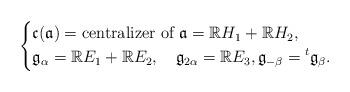
LaTeX: \begin{align*}\left\{\begin{aligned}&\frak{c}(\frak{a})=\textrm{centralizer of }\frak{a}=\mathbb{R}H_1+\mathbb{R}H_2,\\&\frak{g}_\alpha=\mathbb{R}E_1+\mathbb{R}E_2,\quad\frak{g}_{2\alpha}=\mathbb{R}E_3,\frak{g}_{-\beta}={}^t\frak{g}_\beta.\end{aligned}\right.\end{align*}